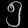
Digit: ၅